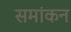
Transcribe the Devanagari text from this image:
समांकन